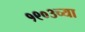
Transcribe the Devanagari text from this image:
१९०३च्या